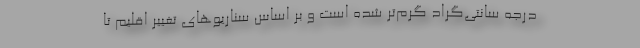
درجه سانتی‌گراد گرم‌تر شده است و بر اساس سناریوهای تغییر اقلیم تا